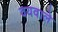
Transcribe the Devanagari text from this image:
वयवाले